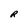
Character: R